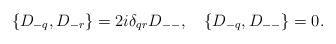
LaTeX: \begin{align*}\{D_{-q},D_{-r}\}={2i}\delta_{qr}D_{--},\quad \{D_{-q},D_{--}\}=0.\end{align*}